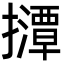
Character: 𫾘